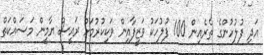
އަދި ފުލުހުންގެ ތެރެއިން 100 ފުލުހަކު ވަޒީފާއިން ވަކިކުރުމަށް ރައީސް ޔާމީން މަސައްކަތް